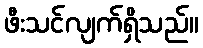
ဖီးသင်လျက်ရှိသည်။